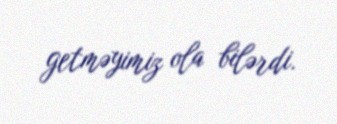
getməyimiz ola bilərdi.